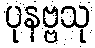
ပုနဗ္ဗသု